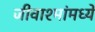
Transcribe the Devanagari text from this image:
जीवाश्मांमध्ये